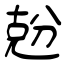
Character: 兝